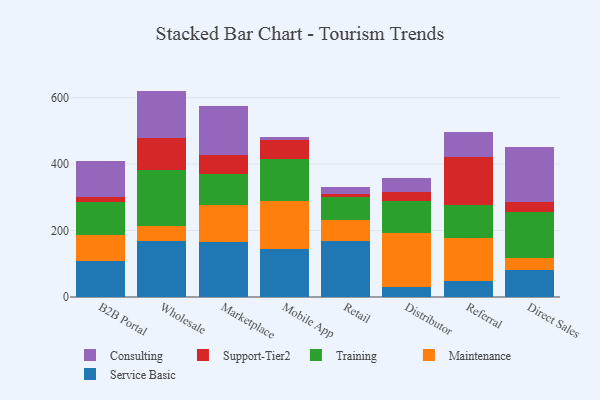
{"axis": {"x": "Channel", "y": "Market Share (%)"}, "legend": ["Consulting", "Maintenance", "Service Basic", "Support-Tier2", "Training"], "data": [{"x": "B2B Portal", "y": 108.1, "type": "Service Basic"}, {"x": "B2B Portal", "y": 78.0, "type": "Maintenance"}, {"x": "B2B Portal", "y": 100.6, "type": "Training"}, {"x": "B2B Portal", "y": 13.0, "type": "Support-Tier2"}, {"x": "B2B Portal", "y": 110.4, "type": "Consulting"}, {"x": "Wholesale", "y": 169.5, "type": "Service Basic"}, {"x": "Wholesale", "y": 42.9, "type": "Maintenance"}, {"x": "Wholesale", "y": 168.7, "type": "Training"}, {"x": "Wholesale", "y": 98.1, "type": "Support-Tier2"}, {"x": "Wholesale", "y": 141.2, "type": "Consulting"}, {"x": "Marketplace", "y": 166.7, "type": "Service Basic"}, {"x": "Marketplace", "y": 110.4, "type": "Maintenance"}, {"x": "Marketplace", "y": 94.1, "type": "Training"}, {"x": "Marketplace", "y": 56.0, "type": "Support-Tier2"}, {"x": "Marketplace", "y": 147.1, "type": "Consulting"}, {"x": "Mobile App", "y": 144.8, "type": "Service Basic"}, {"x": "Mobile App", "y": 142.8, "type": "Maintenance"}, {"x": "Mobile App", "y": 129.2, "type": "Training"}, {"x": "Mobile App", "y": 56.7, "type": "Support-Tier2"}, {"x": "Mobile App", "y": 7.1, "type": "Consulting"}, {"x": "Retail", "y": 167.1, "type": "Service Basic"}, {"x": "Retail", "y": 66.0, "type": "Maintenance"}, {"x": "Retail", "y": 68.6, "type": "Training"}, {"x": "Retail", "y": 9.2, "type": "Support-Tier2"}, {"x": "Retail", "y": 19.9, "type": "Consulting"}, {"x": "Distributor", "y": 31.5, "type": "Service Basic"}, {"x": "Distributor", "y": 160.8, "type": "Maintenance"}, {"x": "Distributor", "y": 96.4, "type": "Training"}, {"x": "Distributor", "y": 28.4, "type": "Support-Tier2"}, {"x": "Distributor", "y": 42.3, "type": "Consulting"}, {"x": "Referral", "y": 48.2, "type": "Service Basic"}, {"x": "Referral", "y": 128.8, "type": "Maintenance"}, {"x": "Referral", "y": 101.3, "type": "Training"}, {"x": "Referral", "y": 143.2, "type": "Support-Tier2"}, {"x": "Referral", "y": 73.7, "type": "Consulting"}, {"x": "Direct Sales", "y": 79.8, "type": "Service Basic"}, {"x": "Direct Sales", "y": 38.3, "type": "Maintenance"}, {"x": "Direct Sales", "y": 139.1, "type": "Training"}, {"x": "Direct Sales", "y": 30.1, "type": "Support-Tier2"}, {"x": "Direct Sales", "y": 165.1, "type": "Consulting"}]}